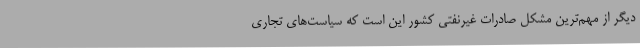
دیگر از مهم‌ترین مشکل صادرات غیرنفتی کشور این است که سیاست‌های تجاری